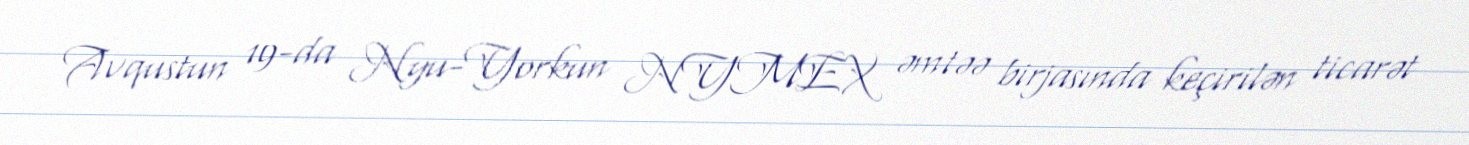
Avqustun 19-da Nyu-Yorkun NYMEX əmtəə birjasında keçirilən ticarət